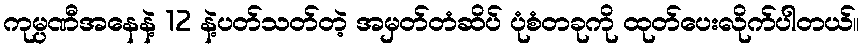
ကုမ္ပဏီအနေနဲ့ 12 နဲ့ပတ်သတ်တဲ့ အမှတ်တံဆိပ် ပုံစံတခုကို ထုတ်ပေးလိုက်ပါတယ်။